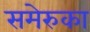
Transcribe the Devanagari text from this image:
समेरुका